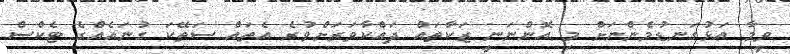
ވީމާ އަޅުގަނޑުމެންނަށް މި އޮންނަނީ ޒަކާތައް ދައްކާވަރަށްވުރެ އެތައް ސަތޭކަ ގުނައެއްގެ ޓެކްސް